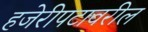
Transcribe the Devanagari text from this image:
हजेरीपटावरील